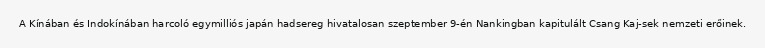
A Kínában és Indokínában harcoló egymilliós japán hadsereg hivatalosan szeptember 9-én Nankingban kapitulált Csang Kaj-sek nemzeti erőinek.